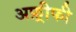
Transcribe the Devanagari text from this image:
अफ़्रीफी